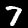
Digit: 7